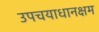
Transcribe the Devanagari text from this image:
उपचयाधानक्षम